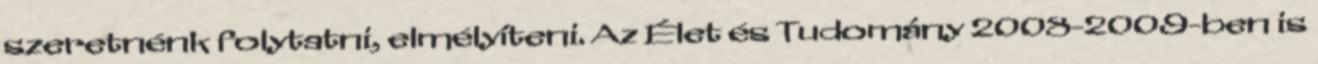
szeretnénk folytatni, elmélyíteni. Az Élet és Tudomány 2008-2009-ben is